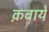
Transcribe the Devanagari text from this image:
क़बायें